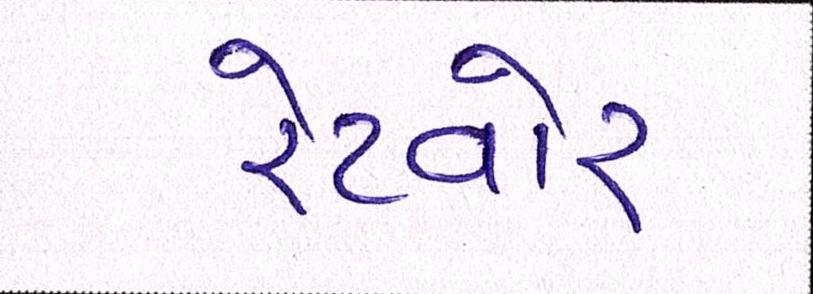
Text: રેટવોર